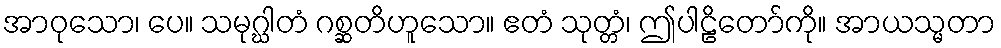
အာဝုသော၊ ပေ။ သမုဂ္ဃါတံ ဂစ္ဆတိဟူသော။ ဧတံ သုတ္တံ၊ ဤပါဠိတော်ကို။ အာယသ္မတာ